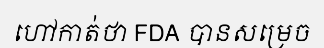
ហៅកាត់ថា FDA បានសម្រេច